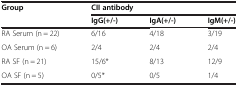
<table><thead><tr><td rowspan="2"><b>Group</b></td><td colspan="3"><b>CII antibody</b></td></tr><tr><td><b>IgG(+/-)</b></td><td><b>IgA(+/-)</b></td><td><b>IgM(+/-)</b></td></tr></thead><tbody><tr><td>RA Serum (n = 22)</td><td>6/16</td><td>4/18</td><td>3/19</td></tr><tr><td>OA Serum (n = 6)</td><td>2/4</td><td>2/4</td><td>2/4</td></tr><tr><td>RA SF (n = 21)</td><td>15/6*</td><td>8/13</td><td>12/9</td></tr><tr><td>OA SF (n = 5)</td><td>0/5*</td><td>0/5</td><td>1/4</td></tr></tbody></table>